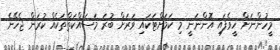
މީހުންނަށް ހީވެފައި އޮންނަނީ މި ކަމަށްޓަކައި ވަރަށް ބުރަ މަސައްކަތްތަކެއް ކުރަން ޖެހޭނެ